Annual report on the mental hospital in the Central Provinces and Berar (Nagpur) - 1927-1951
Year: 1927
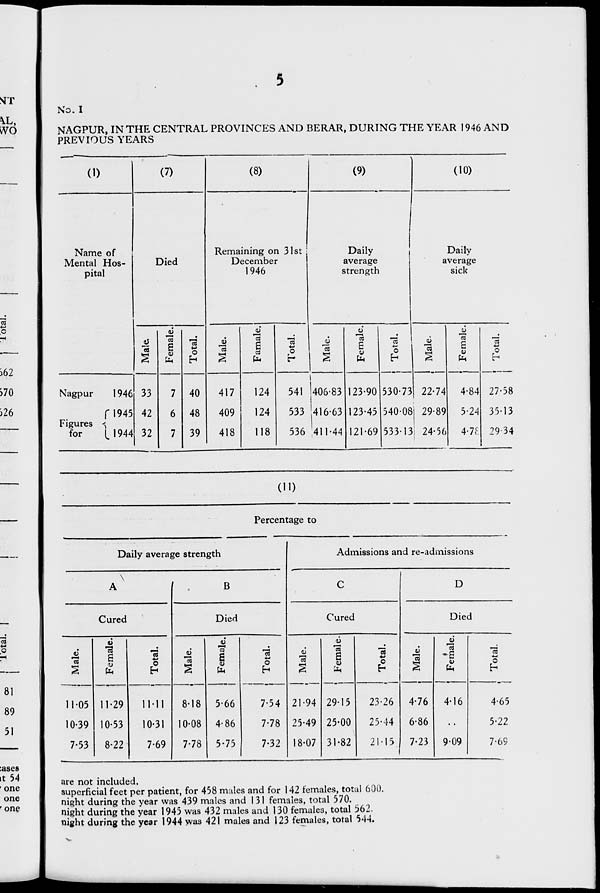
No. I
NAGPUR, IN THE CENTRAL PROVINCES AND BERAR, DURING THE YEAR 1946 AND
PREVIOUS YEARS
(1)
(7)
(8)
(9)
(10)
Name of
Mental Hos-
pital
Died
Remaining on 31st
December
1946
Daily
average
strength
Daily
average
sick
la
33
42
32
'a
E 9
fa
7
6
7
co
o
h
13
13
a
a
fa
13
o
13
CO
"a
E
fa
13
o
h
530-73
540-08
53313
6
a
22-74
29-89
24-56
u
Is
E
u
fa
4-84
5-24
4-7£
18
O
Nagpur
1946
f 1945
Figures <
for
[,1944
40
48
39
417
409
418
124
124
118
541
533
536
406-83
416-63
1411-44
123-90
123-45
121-69
27-58
35-13
29-34
(11)
Percentage to
Daily average strength
Cured
j6
CU
13
s
<u
fa
13
o
11-05 11-29
11-11
10-39 10-53
10-31
7-53
8-22
7-69
1
B
Died
J Male.
1
Female.
1
1
j Total.
8-18 5-66
7-54
10-08 4-86
7-78
7-78 5-75
7-32
u
%
21-94
25-49
18-07
Admissions and re-admissions
Cured
6
fa
29-15
25-00
31-82
O
23-26
25-44
15
D
Died
aJ
13
s
Female.
4-76
4-16
6-86
7-23
9-09
cs
O
fa
4-65
5-22
7-69
are not included.
superficial feet per patient, for 458 mules and for 142 females, total 600.
night during the year was 439 males and 131 females, total 570.
night during the year 1945 was 432 males and 130 females, total 562.
night during the year 1944 was 421 males and 123 females, total 544.